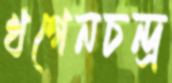
খগেনচন্দ্র